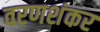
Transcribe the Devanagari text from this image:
वरणशंकर